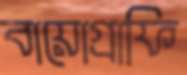
বায়োগ্রাফি